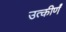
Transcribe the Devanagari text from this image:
उत्कीर्णं